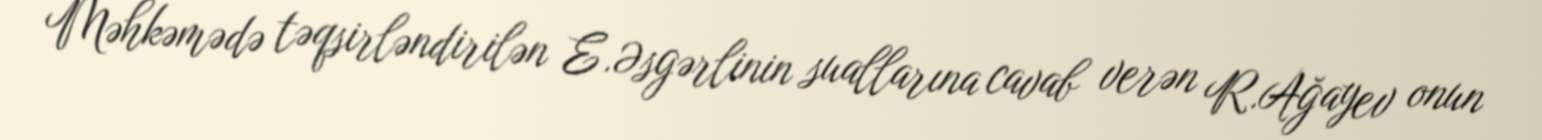
Məhkəmədə təqsirləndirilən E.Əsgərlinin suallarına cavab verən R.Ağayev onun